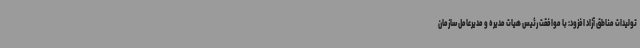
تولیدات مناطق آزاد افزود: با موافقت رئیس هیات مدیره و مدیرعامل سازمان